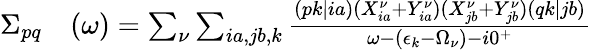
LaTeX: \begin{array}{rl}{\Sigma_{pq}}&{{}(\omega)=\sum_{\nu}\sum_{ia,jb,k}\frac{(pk|ia)(X_{ia}^{\nu}+Y_{ia}^{\nu})(X_{jb}^{\nu}+Y_{jb}^{\nu})(qk|jb)}{\omega-(\epsilon_{k}-\Omega_{\nu})-i0^{+}}}\end{array}